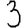
Digit: 3